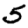
Digit: 5